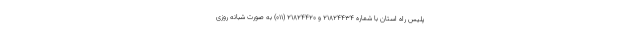
پلیس راه استان با شماره ۲۱۸۲۴۴۳۴ و ۲۱۸۲۴۴۲۰ (۰۱۱) به صورت شبانه روزی